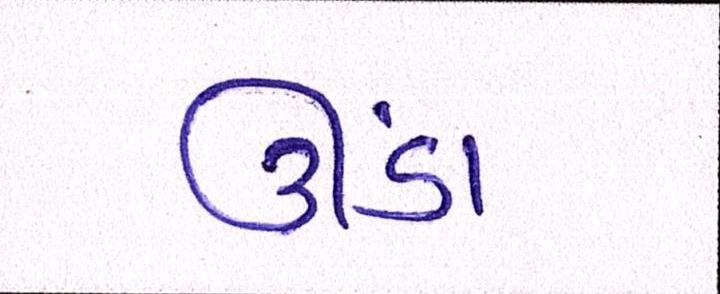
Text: ઊંડા